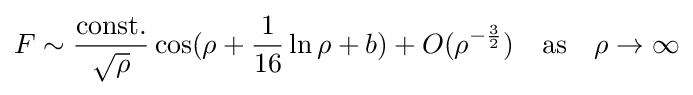
F\sim {\frac {\text{const.}}{\sqrt {\rho }}}\cos(\rho +{\frac {1}{16}}\ln \rho +b)+O(\rho ^{-{\frac {3}{2}}})\quad {\text{as}}\quad \rho \to \infty